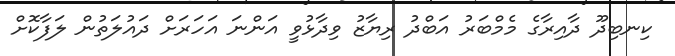
ކިނބިދޫ ދާއިރާގެ މެމްބަރު އަބްދު ރިޔާޒު ވިދާޅުވީ އަންނަ އަހަރަށް ދައުލަތުން ލަފާކޮށް